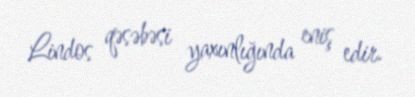
Lindos qəsəbəsi yaxınlığında eniş edir.